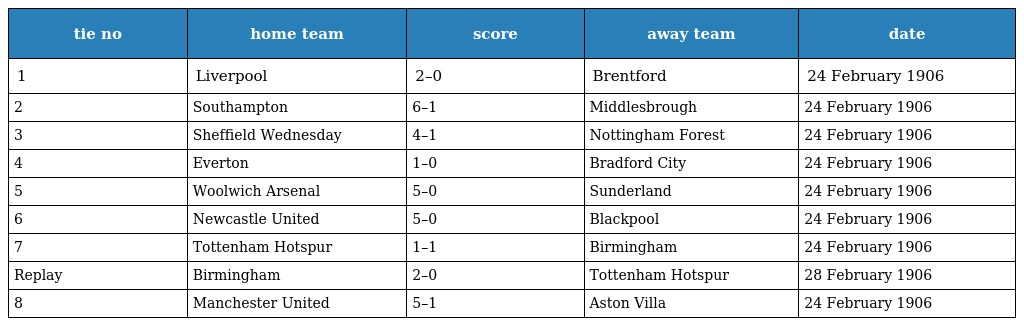
| tie no | home team | score | away team | date |
 | --- | --- | --- | --- | --- |
 | 1 | Liverpool | 2–0 | Brentford | 24 February 1906 |
 | 2 | Southampton | 6–1 | Middlesbrough | 24 February 1906 |
 | 3 | Sheffield Wednesday | 4–1 | Nottingham Forest | 24 February 1906 |
 | 4 | Everton | 1–0 | Bradford City | 24 February 1906 |
 | 5 | Woolwich Arsenal | 5–0 | Sunderland | 24 February 1906 |
 | 6 | Newcastle United | 5–0 | Blackpool | 24 February 1906 |
 | 7 | Tottenham Hotspur | 1–1 | Birmingham | 24 February 1906 |
 | Replay | Birmingham | 2–0 | Tottenham Hotspur | 28 February 1906 |
 | 8 | Manchester United | 5–1 | Aston Villa | 24 February 1906 |